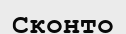
Сконто